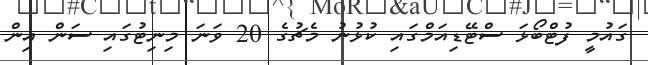
ގައުމީ ފުޓްބޯޅަ ސްޓޭޑިއަމްގައި ކުޅުނު މެޗުގެ 20 ވަނަ މިނިޓުގައި ސަން އިން